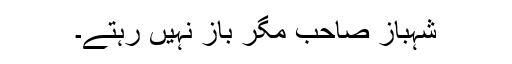
شہباز صاحب مگر باز نہیں رہتے۔